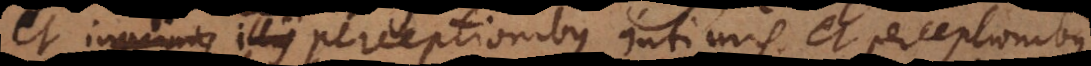
illis et perceptionibus intimis et perceptionibus